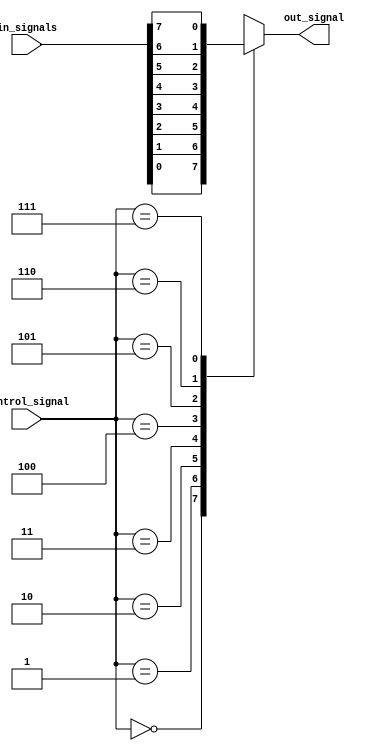
module io_buffer (
    input [7:0] in_signals,
    input [2:0] control_signal,
    output reg out_signal
);

always @ (control_signal or in_signals)
begin
    case (control_signal) 
        3'b000: out_signal <= in_signals[0];
        3'b001: out_signal <= in_signals[1];
        3'b010: out_signal <= in_signals[2];
        3'b011: out_signal <= in_signals[3];
        3'b100: out_signal <= in_signals[4];
        3'b101: out_signal <= in_signals[5];
        3'b110: out_signal <= in_signals[6];
        3'b111: out_signal <= in_signals[7];
    endcase
end

endmodule